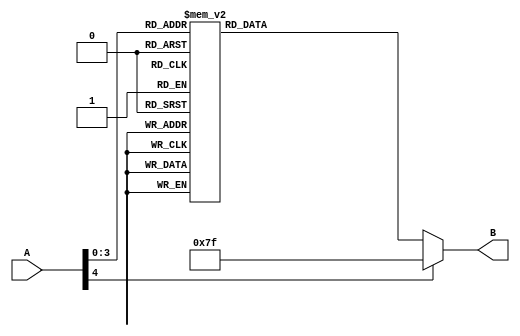
module decoder(A,B);
	input [4:0]A;
	//input sign;
	output reg[6:0]B;
	always @(*) begin
		case(A)
			 0: B<=7'b1000000;      		//0        
			 1: B<=7'b1111001;      		//1        
			 2: B<=7'b0100100;      		//2        
			 3: B<=7'b0110000;      		//3        
			 4: B<=7'b0011001;      		//4        
			 5: B<=7'b0010010;      		//5        
			 6: B<=7'b0000010;      		//6        
			 7: B<=7'b1111000;      		//7 
			 8: B<=7'b0000000; 				//8
			 9: B<=7'b0010000;				//9
			 10:B<=7'b0001000; 				//A
			 11:B<=7'b0000011; 				//B
			 12:B<=7'b1000110;  				//C
			 13:B<=7'b0100001;  				//D
			 14:B<=7'b0000110;  				//E
			 15:B<=7'b0001110;  				//F
			 
		
		default: B<=7'b1111111;				//error
			
		endcase
		//if(sign==1) B<=7'b1111111;
	end
endmodule